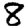
Digit: 8